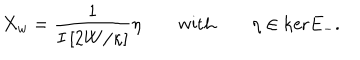
X _ { w } = \frac { 1 } { I \left[ 2 W / \kappa \right] } \eta \qquad \mathrm { w i t h } \qquad \eta \in \mathrm { k e r } E _ { - } .